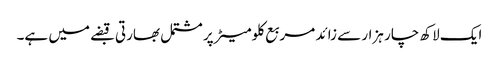
ایک لاکھ چار ہزار سے زائد مربع کلومیٹر پر مشتمل بھارتی قبضے میں ہے۔